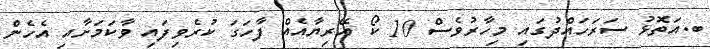
ބ.އަތޮޅު ސަރަހައްދުގައި މިހާރުވެސް 10 ކޯ އޭރިޔާއެއް ފާހަގަ ކުރެވިފައި ވާކަމަށާއި އެހެން